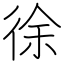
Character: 徐